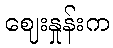
ဈေးနှုန်းက